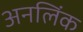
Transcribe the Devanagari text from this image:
अनलिंक